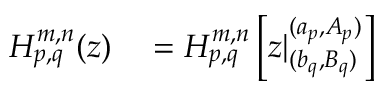
\begin{array} { r l } { H _ { p , q } ^ { m , n } ( z ) } & { { } = H _ { p , q } ^ { m , n } \left[ z | _ { ( b _ { q } , B _ { q } ) } ^ { ( a _ { p } , A _ { p } ) } \right] } \end{array}